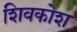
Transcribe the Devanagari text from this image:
शिवकोश